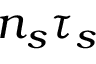
n _ { s } \tau _ { s }